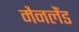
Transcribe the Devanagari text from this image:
मैनलैंड